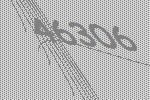
46306